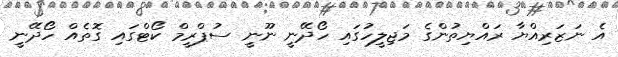
އެ ނަޒަރިއްޔާ ރައްޔިތުންގެ މަޖިލީހުގައި ހޯދޭނީ ނޫނީ ސުޕްރީމް ކޯޓްގައި ގޮތެއް ހޯދޭނީ